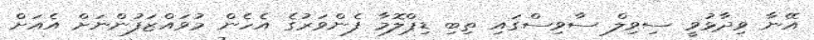
އޭނާ ވިދާޅުވީ ސިވިލް ސާވިސްގައި ތިބި ޑިޕްލޮމާ ފެންވަރުގެ އެހެން މުވައްޒަފުންނަށް އެއަށް